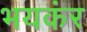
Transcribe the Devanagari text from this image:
भयकंर